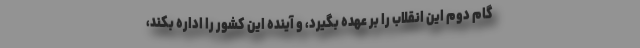
گام دوم این انقلاب را بر عهده بگیرد، و آینده این کشور را اداره بکند،